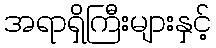
အရာရှိကြီးများနှင့်